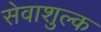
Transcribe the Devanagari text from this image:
सेवाशुल्क